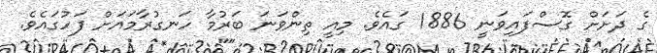
ގެ ދަށަށް ގޮސްފައިވަނީ 1886 ގައެވެ. މިއީ ތިންވަނަ ބަރުމާ ހަނގުރާމައަށް ފަހުގައެވެ.